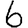
Digit: 6